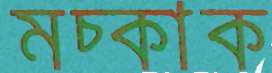
মচ্‌কাক